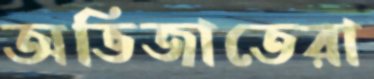
অভিজাতেরা